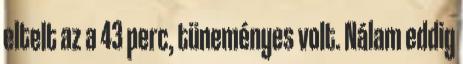
eltelt az a 43 perc, tüneményes volt. Nálam eddig